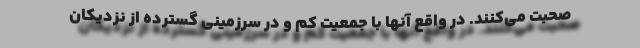
صحبت می‌کنند. در واقع آنها با جمعیت کم و در سرزمینی گسترده از نزدیکان